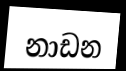
නාඩන